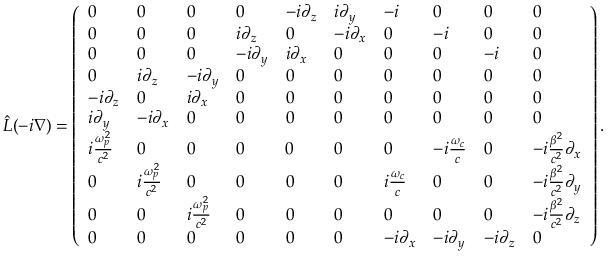
\hat { L } ( - i \nabla ) = \left( \begin{array} { l l l l l l l l l l } { 0 } & { 0 } & { 0 } & { 0 } & { - i \partial _ { z } } & { i \partial _ { y } } & { - i } & { 0 } & { 0 } & { 0 } \\ { 0 } & { 0 } & { 0 } & { i \partial _ { z } } & { 0 } & { - i \partial _ { x } } & { 0 } & { - i } & { 0 } & { 0 } \\ { 0 } & { 0 } & { 0 } & { - i \partial _ { y } } & { i \partial _ { x } } & { 0 } & { 0 } & { 0 } & { - i } & { 0 } \\ { 0 } & { i \partial _ { z } } & { - i \partial _ { y } } & { 0 } & { 0 } & { 0 } & { 0 } & { 0 } & { 0 } & { 0 } \\ { - i \partial _ { z } } & { 0 } & { i \partial _ { x } } & { 0 } & { 0 } & { 0 } & { 0 } & { 0 } & { 0 } & { 0 } \\ { i \partial _ { y } } & { - i \partial _ { x } } & { 0 } & { 0 } & { 0 } & { 0 } & { 0 } & { 0 } & { 0 } & { 0 } \\ { i \frac { \omega _ { p } ^ { 2 } } { c ^ { 2 } } } & { 0 } & { 0 } & { 0 } & { 0 } & { 0 } & { 0 } & { - i \frac { \omega _ { c } } { c } } & { 0 } & { - i \frac { \beta ^ { 2 } } { c ^ { 2 } } \partial _ { x } } \\ { 0 } & { i \frac { \omega _ { p } ^ { 2 } } { c ^ { 2 } } } & { 0 } & { 0 } & { 0 } & { 0 } & { i \frac { \omega _ { c } } { c } } & { 0 } & { 0 } & { - i \frac { \beta ^ { 2 } } { c ^ { 2 } } \partial _ { y } } \\ { 0 } & { 0 } & { i \frac { \omega _ { p } ^ { 2 } } { c ^ { 2 } } } & { 0 } & { 0 } & { 0 } & { 0 } & { 0 } & { 0 } & { - i \frac { \beta ^ { 2 } } { c ^ { 2 } } \partial _ { z } } \\ { 0 } & { 0 } & { 0 } & { 0 } & { 0 } & { 0 } & { - i \partial _ { x } } & { - i \partial _ { y } } & { - i \partial _ { z } } & { 0 } \end{array} \right) .